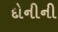
દોનીની